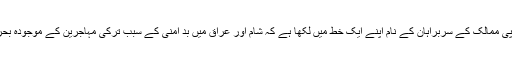
اس سلسلے ميں ٹُسک اور يُنکر نے يورپی ممالک کے سربراہان کے نام اپنے ايک خط ميں لکھا ہے کہ شام اور عراق ميں بد امنی کے سبب ترکی مہاجرين کے موجودہ بحران ميں کليدی اہميت کا حامل ملک ہے۔